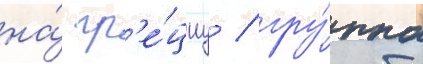
на́ гр'е́циу / гру́ппа